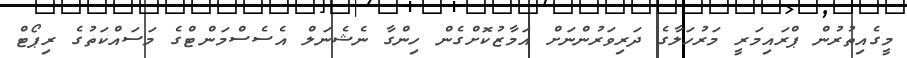
މީގެއިތުރުން ޕްރައިމަރީ މަރުހަލާގެ ދަރިވަރުންނަށް އަމާޒުކޮށްގެން ހިންގާ ނެޝެނަލް އެސެސްމަންޓްގެ މަސައްކަތުގެ ރިޕޯޓް